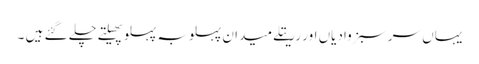
یہاں سر سبز وادیاں اور رریتلے میدان پہلوبہ پہلو پھیلتے چلے گئے ہیں ۔